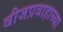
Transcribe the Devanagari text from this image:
वीजप्रवाहाच्या